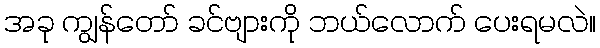
အခု ကျွန်တော် ခင်ဗျားကို ဘယ်လောက် ပေးရမလဲ။